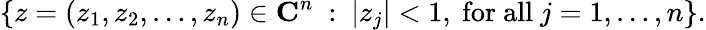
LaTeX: \left\{ z=(z_{1},z_{2},\dots,z_{n})\in\mathbf{C}^{n}\ :\ \vert z_{j}\vert<1,{\mathrm{~for~all~}}j=1,\dots,n\right\} .